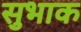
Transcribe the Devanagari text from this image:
सुभाक